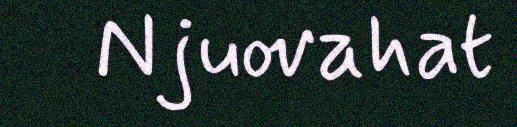
Njuovahat